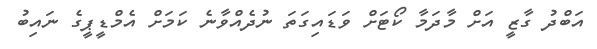
އަބްދު ގާޒީ އަށް މާދަމާ ކޯޓަށް ވަޑައިގަތަ ނުދެއްވާނެ ކަމަށް އެމްޑީޕީގެ ނައިބު